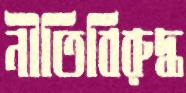
নীতিবিরুদ্ধ